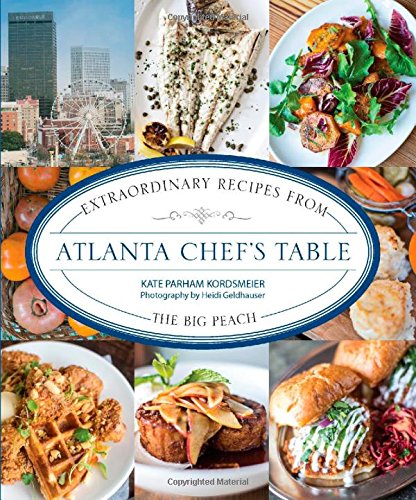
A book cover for Atlanta Chef's Table: Extraordinary Recipes from the Big Peach; Kate Parham Kordsmeier; Travel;